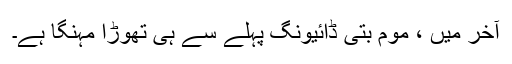
آخر میں ، موم بتی ڈائیونگ پہلے سے ہی تھوڑا مہنگا ہے۔